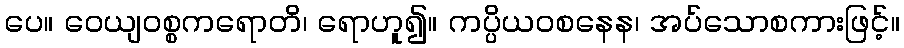
ပေ။ ဝေယျဝစ္စကရောတိ၊ ရောဟူ၍။ ကပ္ပိယဝစနေန၊ အပ်သောစကားဖြင့်။